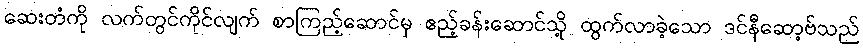
ဆေးတံကို လက်တွင်ကိုင်လျက် စာကြည့်ဆောင်မှ ဧည့်ခန်းဆောင်သို့ ထွက်လာခဲ့သော ဒင်နီဆော့ဗ်သည်